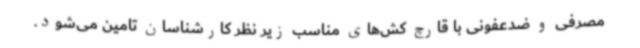
مصرفی و ضدعفونی با قارچ کش‌های مناسب زیر نظر کارشناسان تامین می‌شود.